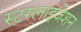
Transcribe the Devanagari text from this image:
स्टरलाइजेशन